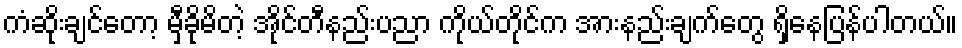
ကံဆိုးချင်တော့ မှီခိုမိတဲ့ အိုင်တီနည်းပညာ ကိုယ်တိုင်က အားနည်းချက်တွေ ရှိနေပြန်ပါတယ်။